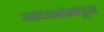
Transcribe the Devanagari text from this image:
साधनांमधून